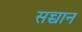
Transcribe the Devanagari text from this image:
सच्चान